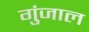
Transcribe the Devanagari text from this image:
गुंजाल